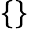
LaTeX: \{ \}